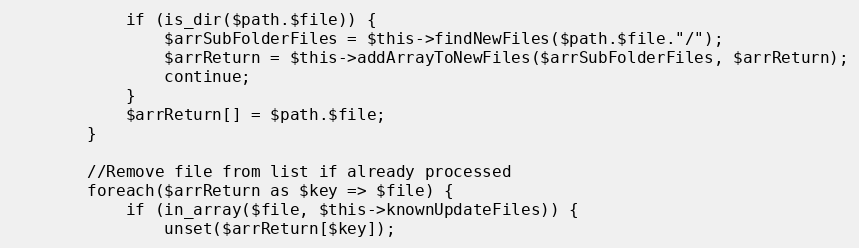
Language: PHP
            if (is_dir($path.$file)) {
                $arrSubFolderFiles = $this->findNewFiles($path.$file."/");
                $arrReturn = $this->addArrayToNewFiles($arrSubFolderFiles, $arrReturn);
                continue;
            }
            $arrReturn[] = $path.$file;
        }

        //Remove file from list if already processed
        foreach($arrReturn as $key => $file) {
            if (in_array($file, $this->knownUpdateFiles)) {
                unset($arrReturn[$key]);